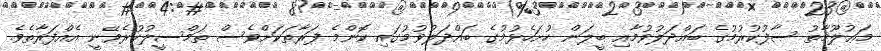
މަޢުލޫމާތު ސާފުކުރުމުގެ ބައްދަލުވުމާއި ބީލަން ހުށަހެޅުމުގެ ބައްދަލުވުމުގައި ކޮންމެ ފަރާތަކަށްވެސް ތަމްސީލުކުރެވޭނީ އެއްފަރާތެވެ.